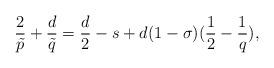
LaTeX: \begin{align*} \frac{2}{\tilde{p}}+\frac{d}{\tilde{q}}=\frac{d}{2}-s+d(1-\sigma)(\frac{1}{2}-\frac{1}{q}),\end{align*}